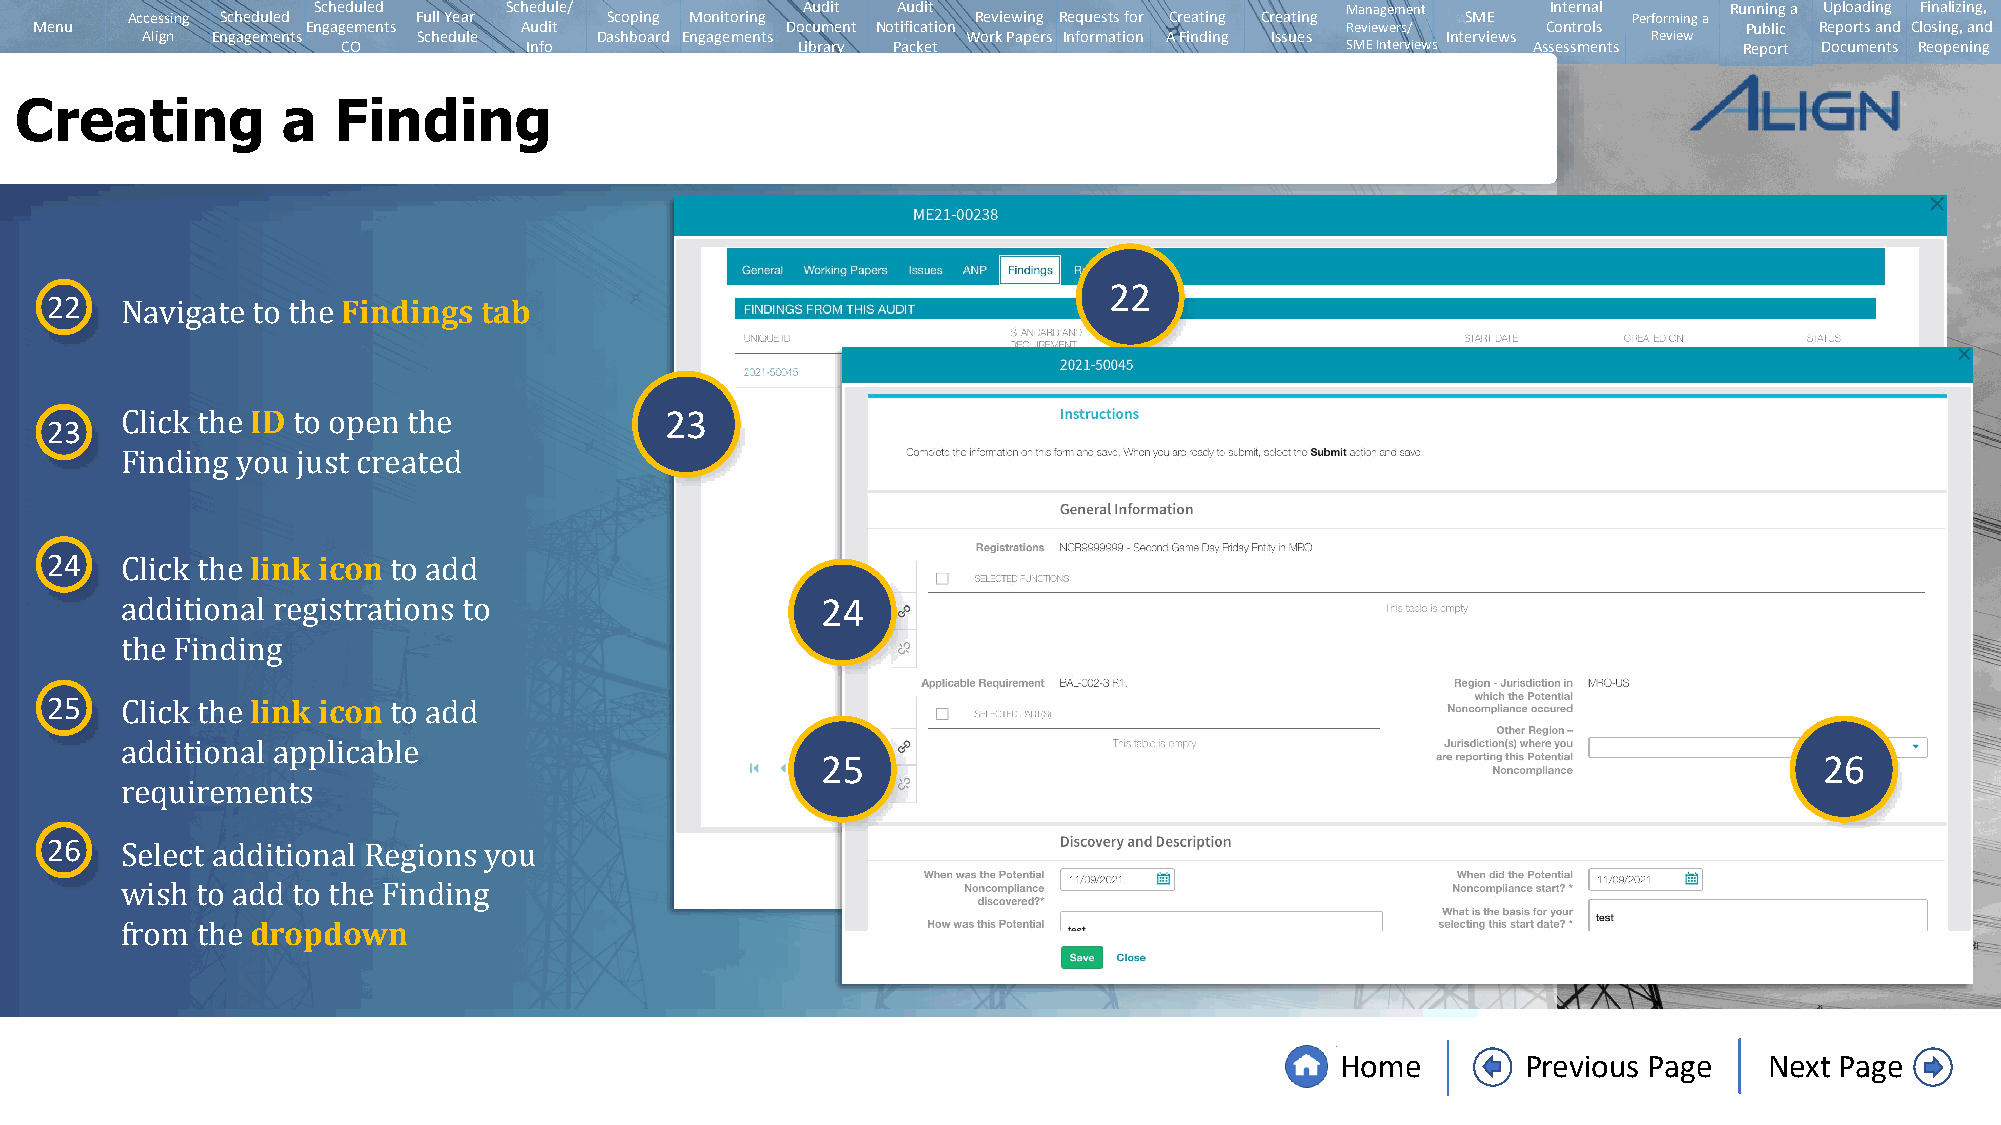
Scheduled   Schedule/           Audit Audit                         Management    Internal   Running a Uploading Finalizing,
 Accessing Scheduled Full Year   Scoping Monitoring       Reviewing Requests for Creating Creating SME Performing a
 Menu              Engagements   Audit             Document Notification                Reviewers/   Controls      Public Reports and Closing, and
 Align Engagements  Schedule   Dashboard Engagements    Work Papers Information A Finding Issues Interviews Review
 CO          Info              Library Packet                      SMEInterviews Assessments Report Documents Reopening
 Creating          a  Finding
 22
 22                  Findings tab
 Navigate to the
 ID                         23
 23
 Click the  to open the
 Finding you just created
 24            link icon
 24
 Click the         to add
 additional registrations to
 25            link icon
 the Finding
 25                                                                 26
 Click the         to add
 additional applicable
 26
 requirements
 Select additional Regions you
 dropdown
 wish to add to the Finding
 from the
 Home        Previous Page   Next Page